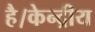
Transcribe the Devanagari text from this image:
है।केन्द्रीय